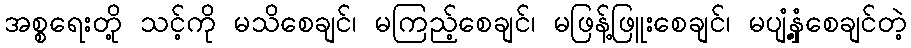
အစ္စရေးတို့ သင့်ကို မသိစေချင်၊ မကြည့်စေချင်၊ မဖြန့်ဖြူးစေချင်၊ မပျံ့နှံ့စေချင်တဲ့